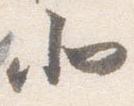
北